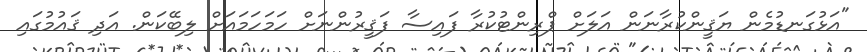
"އަޅުގަނޑުމެން ޔަޤީންކުރާނަން އަލަށް ޕްރިންޓުކުރާ ފައިސާ ފަޤީރުންނަށް ހަމަހަމައަށް ލިބޭކަން. އަދި ޤައުމުގައި